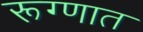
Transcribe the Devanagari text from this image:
रूग्णात